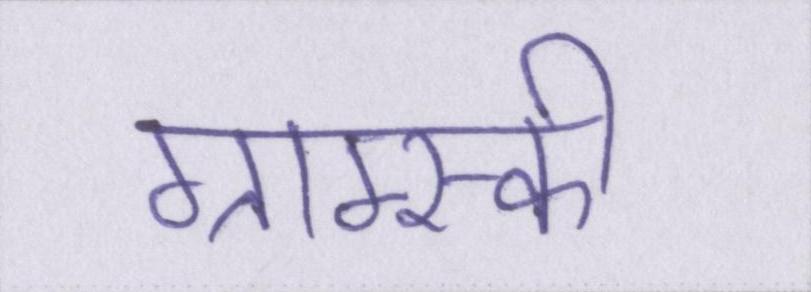
ग्राम्स्की